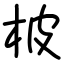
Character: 柀